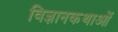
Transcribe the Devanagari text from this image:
विज्ञानकथाओं